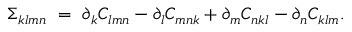
\Sigma _ { k l m n } \ = \ \partial _ { k } C _ { l m n } - \partial _ { l } C _ { m n k } + \partial _ { m } C _ { n k l } - \partial _ { n } C _ { k l m } .